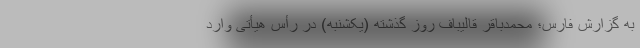
به گزارش فارس؛ محمدباقر قالیباف روز گذشته (یکشنبه) در رأس هیأتی وارد